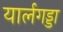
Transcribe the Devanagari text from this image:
यार्लगड्डा